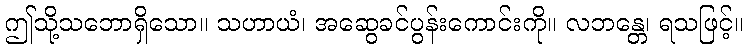
ဤသို့သဘောရှိသော။ သဟာယံ၊ အဆွေခင်ပွန်းကောင်းကို။ လဘန္တေ၊ ရသဖြင့်။